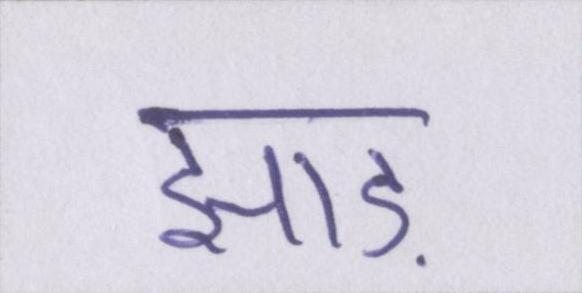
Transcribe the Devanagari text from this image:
झाड़